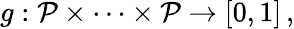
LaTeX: g:{\cal P}\times\cdots\times{\cal P}\rightarrow[0,1]\, ,